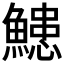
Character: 𮬌